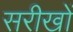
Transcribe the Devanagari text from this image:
सरीखों